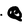
Character: Q